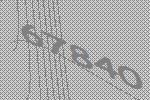
67840